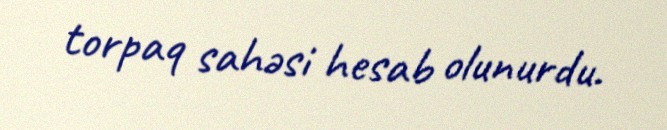
torpaq sahəsi hesab olunurdu.